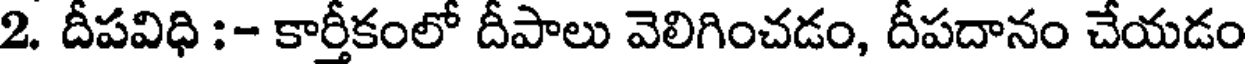
2. దీపవిధి :- కార్తీకంలో దీపాలు వెలిగించడం, దీపదానం చేయడం